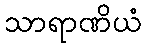
သာရာဏိယံ